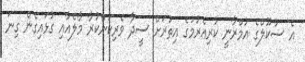
އެ ސުކޫލްގެ އުމްރާނީ ކުރިއެރުމުގެ އިތުރަށް ސީދާ ވެރިކަންކުރާ މާލެއާއި ގުޅައިގެން ގިނަ